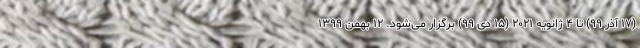
(۱۷ آذر ۹۹) تا ۴ ژانویه ۲۰۲۱ (۱۵ دی ۹۹) برگزار می‌شود. ۱۲ بهمن ۱۳۹۹